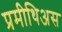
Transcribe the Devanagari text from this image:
प्रमीथिअस